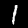
Digit: 1